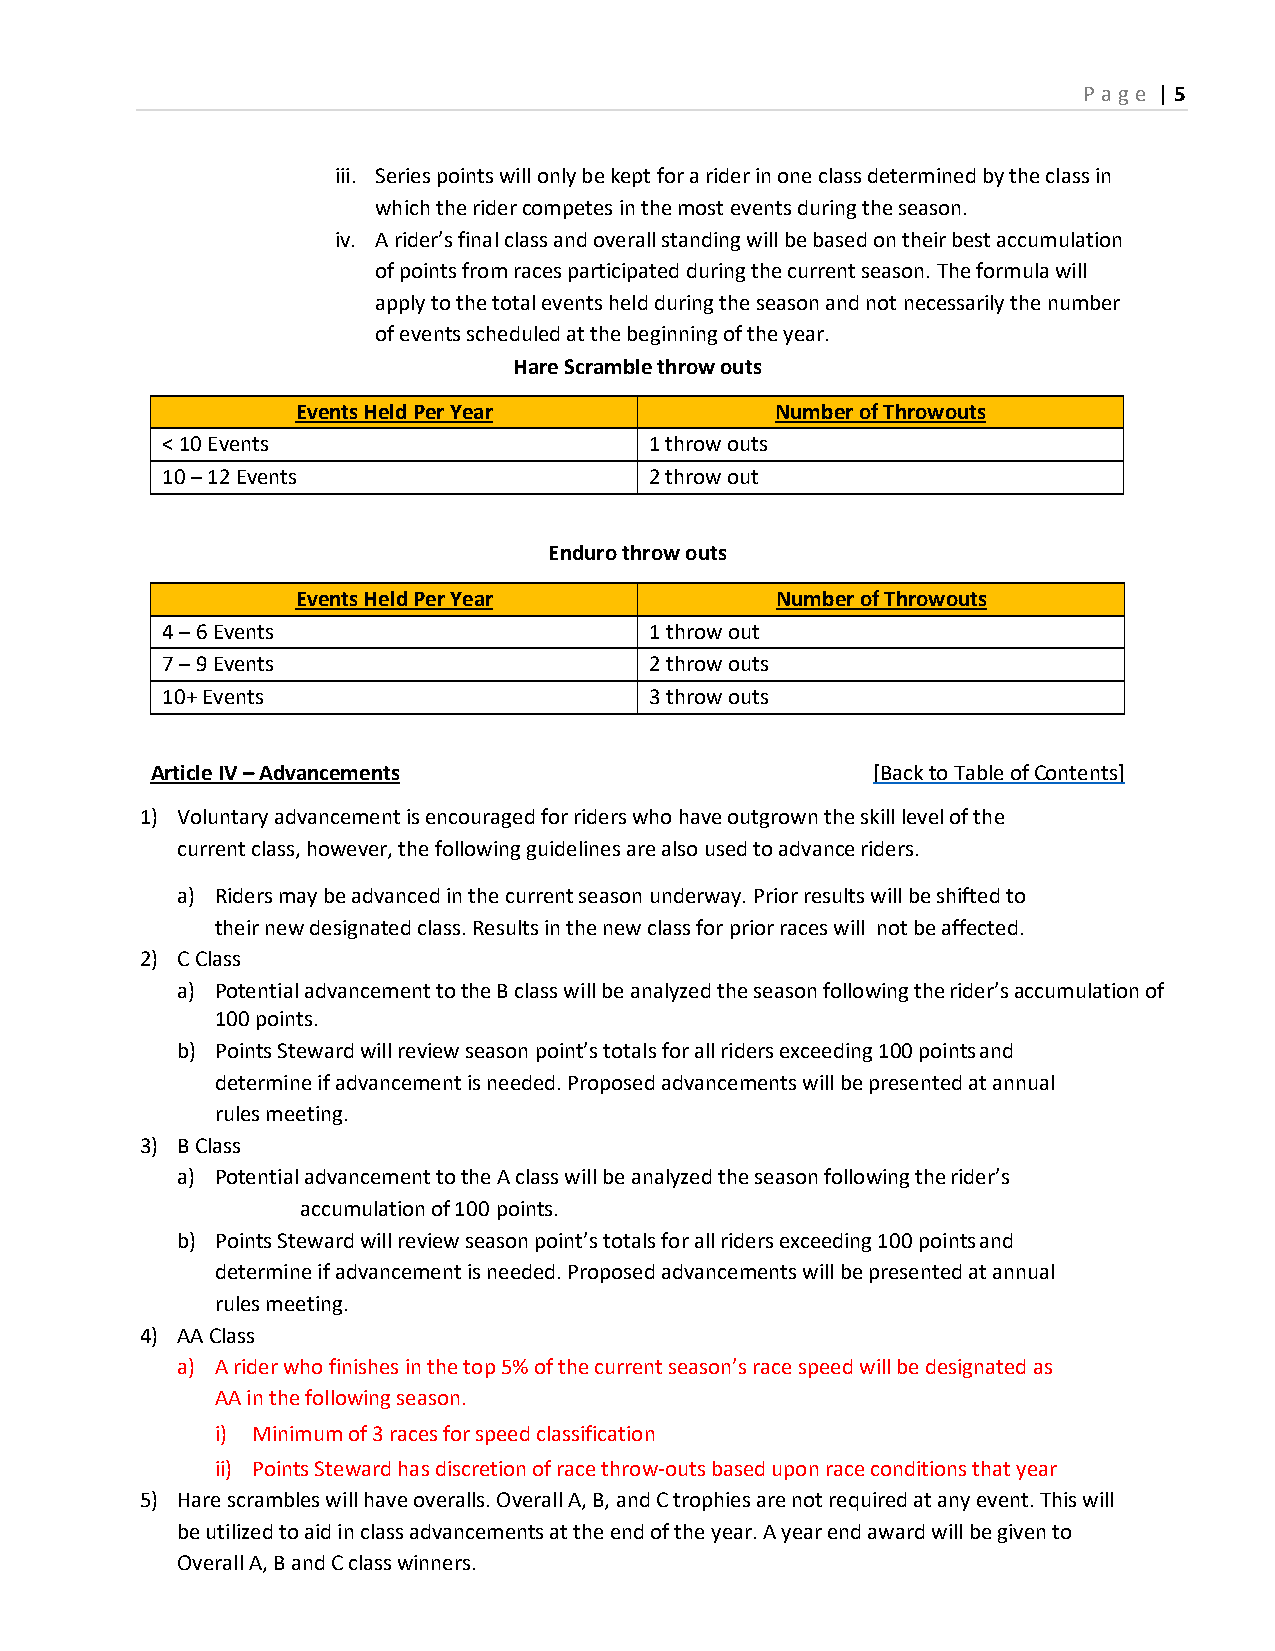
P age | 5
 iii. Series points will only be kept for a rider in one class determined by the class in
 which the rider competes in the most events during the season.
 iv. A rider’s final class and overall standing will be based on their best accumulation
 of points from races participated during the current season. The formula will
 apply to the total events held during the season and not necessarily the number
 of events scheduled at the beginning of the year.
 Hare Scramble throw outs
 Events Held Per Year           Number of Throwouts
 < 10 Events                     1 throw outs
 10 – 12 Events                  2 throw out
 Enduro throw outs
 Events Held Per Year           Number of Throwouts
 4 – 6 Events                    1 throw out
 7 – 9 Events                    2 throw outs
 10+ Events                      3 throw outs
 Article IV – Advancements                       [Back to Table of Contents]
 1) Voluntary advancement is encouraged for riders who have outgrown the skill level of the
 current class, however, the following guidelines are also used to advance riders.
 a) Riders may be advanced in the current season underway. Prior results will be shifted to
 their new designated class. Results in the new class for prior races will not be affected.
 2) C Class
 a) Potential advancement to the B class will be analyzed the season following the rider’s accumulation of
 100 points.
 b) Points Steward will review season point’s totals for all riders exceeding 100 points and
 determine if advancement is needed. Proposed advancements will be presented at annual
 rules meeting.
 3) B Class
 a) Potential advancement to the A class will be analyzed the season following the rider’s
 accumulation of 100 points.
 b) Points Steward will review season point’s totals for all riders exceeding 100 points and
 determine if advancement is needed. Proposed advancements will be presented at annual
 rules meeting.
 4) AA Class
 a) A rider who finishes in the top 5% of the current season’s race speed will be designated as
 AA in the following season.
 i) Minimum of 3 races for speed classification
 ii) Points Steward has discretion of race throw-outs based upon race conditions that year
 5) Hare scrambles will have overalls. Overall A, B, and C trophies are not required at any event. This will
 be utilized to aid in class advancements at the end of the year. A year end award will be given to
 Overall A, B and C class winners.